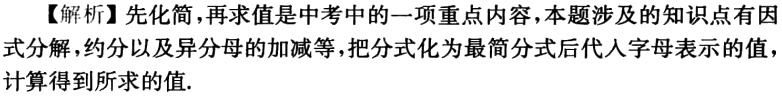
【解析】先化简，再求值是中考中的一项重点内容，本题涉及的知识点有因式分解，约分以及异分母的加减等，把分式化为最简分式后代入字母表示的值，计算得到所求的值.